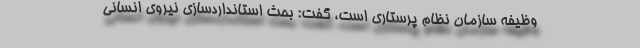
وظیفه سازمان نظام پرستاری است، گفت: بحث استانداردسازی نیروی انسانی